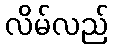
လိမ်လည်